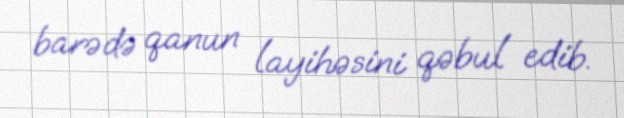
barədə qanun layihəsini qəbul edib.